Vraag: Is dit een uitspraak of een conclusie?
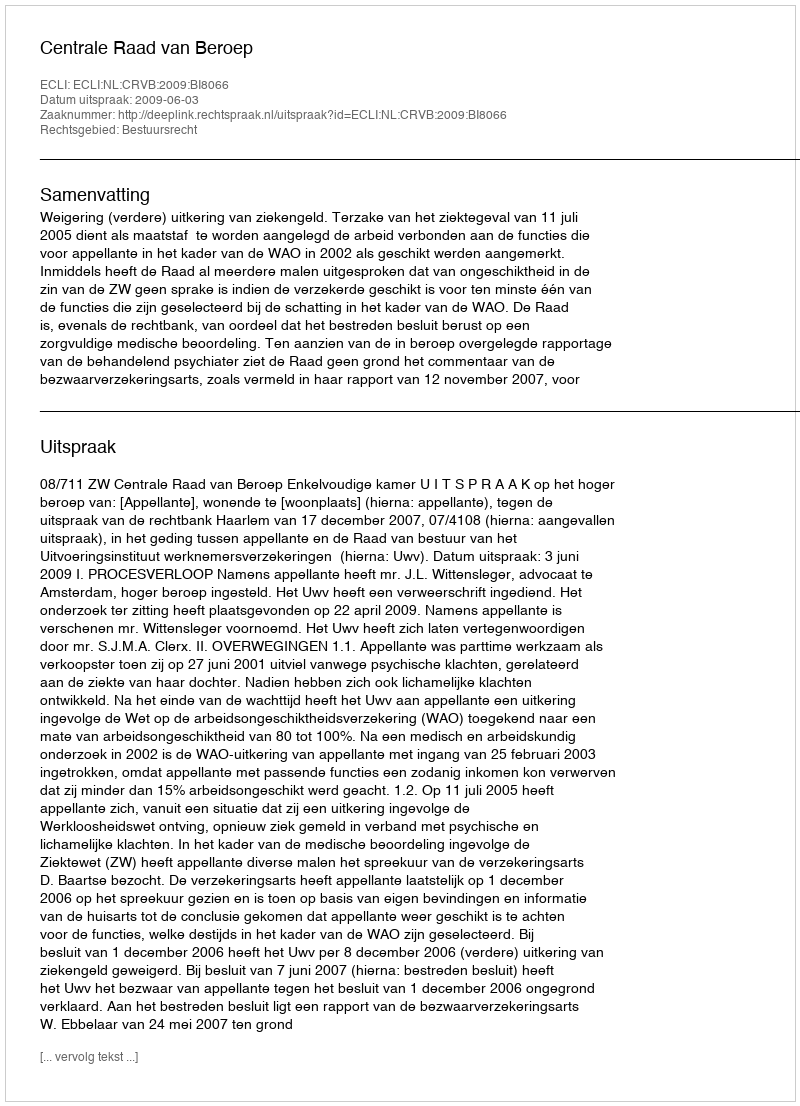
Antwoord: Uitspraak